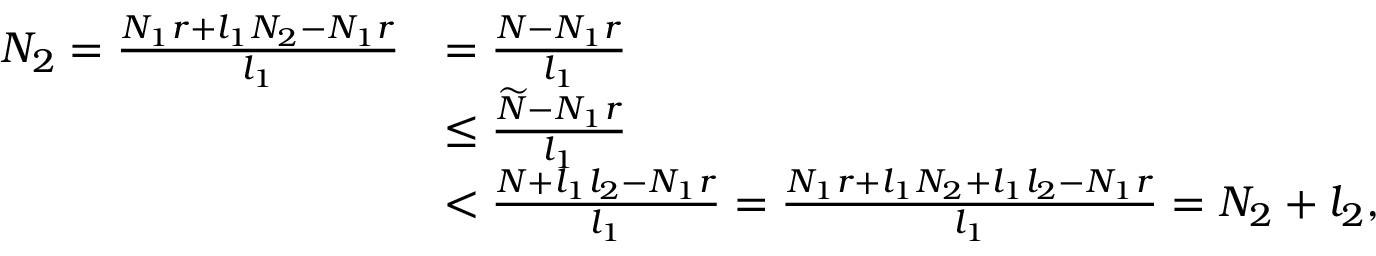
\begin{array} { r l } { N _ { 2 } = \frac { N _ { 1 } r + l _ { 1 } N _ { 2 } - N _ { 1 } r } { l _ { 1 } } } & { = \frac { N - N _ { 1 } r } { l _ { 1 } } } \\ & { \leq \frac { \widetilde { N } - N _ { 1 } r } { l _ { 1 } } } \\ & { < \frac { N + l _ { 1 } l _ { 2 } - N _ { 1 } r } { l _ { 1 } } = \frac { N _ { 1 } r + l _ { 1 } N _ { 2 } + l _ { 1 } l _ { 2 } - N _ { 1 } r } { l _ { 1 } } = N _ { 2 } + l _ { 2 } , } \end{array}